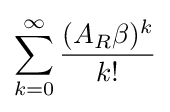
\sum _{k=0}^{\infty }{\frac {(A_{R}\beta )^{k}}{k!}}